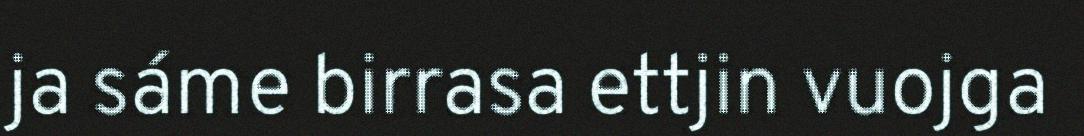
ja sáme birrasa ettjin vuojga